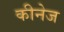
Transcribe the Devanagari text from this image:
कीनेज